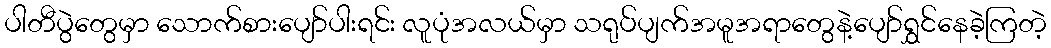
ပါတီပွဲတွေမှာ သောက်စားပျော်ပါးရင်း လူပုံအလယ်မှာ သရုပ်ပျက်အမူအရာတွေနဲ့ပျော်ရွှင်နေခဲ့ကြတဲ့